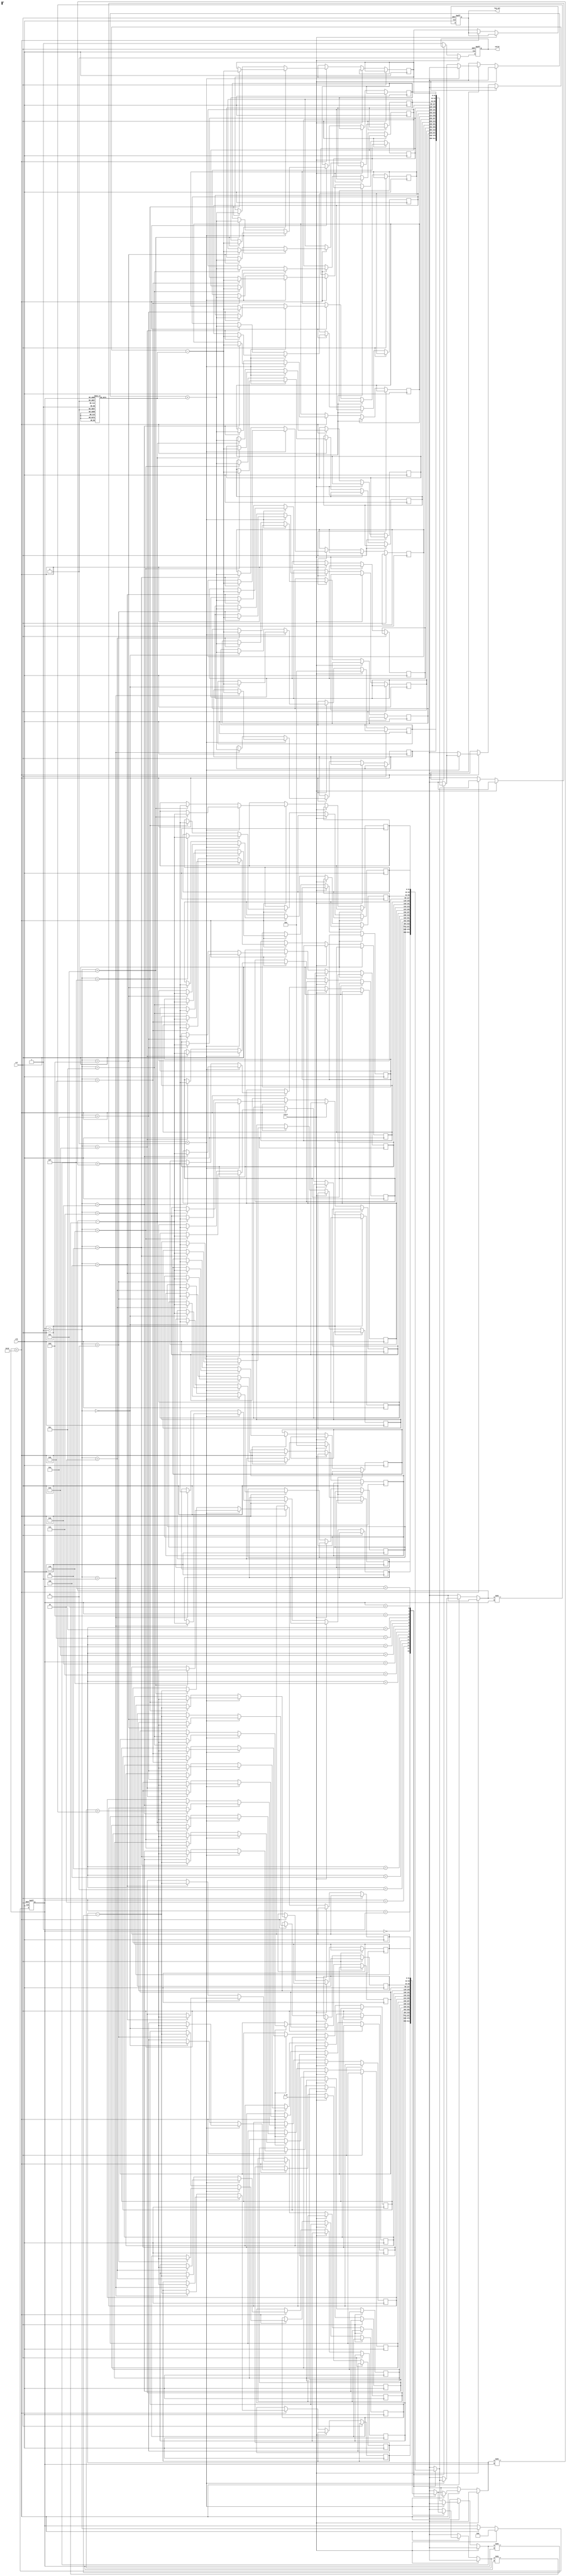
module cordic_logarithm (
    input wire clk,
    input wire rst,
    input wire start,
    input wire [31:0] x_in, // Input value (fixed-point representation)
    output reg [31:0] log_out, // Output logarithm value
    output reg valid // Output valid flag
);

    // Parameters
    parameter MAX_ITERATIONS = 16;
    parameter ANGLE_TABLE_SIZE = 16;

    // Internal signals
    reg [31:0] x [0:MAX_ITERATIONS-1]; // X values
    reg [31:0] y [0:MAX_ITERATIONS-1]; // Y values
    reg [31:0] z [0:MAX_ITERATIONS-1]; // Angle values
    reg [3:0] iteration_count;
    reg [31:0] angle_table [0:ANGLE_TABLE_SIZE-1]; // Arctangent values

    // Initialize angle table (in fixed-point format)
    initial begin
        angle_table[0] = 32'h00000000; // atan(0)
        angle_table[1] = 32'h0000003F; // atan(1)
        angle_table[2] = 32'h0000001A; // atan(0.5)
        angle_table[3] = 32'h0000000C; // atan(0.25)
        // ... Fill in the rest of the angle values
    end

    // State machine for CORDIC processing
    always @(posedge clk or posedge rst) begin
        if (rst) begin
            iteration_count <= 0;
            log_out <= 0;
            valid <= 0;
        end else if (start) begin
            // Initialization
            x[0] <= x_in;
            y[0] <= 0; // Initial y value
            z[0] <= 0; // Initial angle
            iteration_count <= 0;
            valid <= 0;
        end else if (iteration_count < MAX_ITERATIONS) begin
            // CORDIC Iteration
            if (y[iteration_count] < 0) begin
                // Rotate clockwise
                x[iteration_count + 1] <= x[iteration_count] + (y[iteration_count] >> iteration_count);
                y[iteration_count + 1] <= y[iteration_count] - (x[iteration_count] >> iteration_count);
                z[iteration_count + 1] <= z[iteration_count] - angle_table[iteration_count];
            end else begin
                // Rotate counter-clockwise
                x[iteration_count + 1] <= x[iteration_count] - (y[iteration_count] >> iteration_count);
                y[iteration_count + 1] <= y[iteration_count] + (x[iteration_count] >> iteration_count);
                z[iteration_count + 1] <= z[iteration_count] + angle_table[iteration_count];
            end

            // Increment iteration count
            iteration_count <= iteration_count + 1;
        end else begin
            // Output final result
            log_out <= z[MAX_ITERATIONS - 1]; // Final angle approximation
            valid <= 1; // Indicate output is valid
        end
    end

endmodule